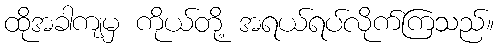
ထိုအခါကျမှ ကိုယ်တို့ အရယ်ရပ်လိုက်ကြသည်။